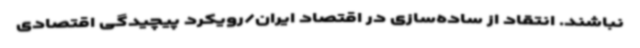
نباشند. انتقاد از ساده‌سازی در اقتصاد ایران/رویکرد پیچیدگی اقتصادی